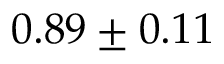
0 . 8 9 \pm 0 . 1 1